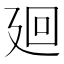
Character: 廻